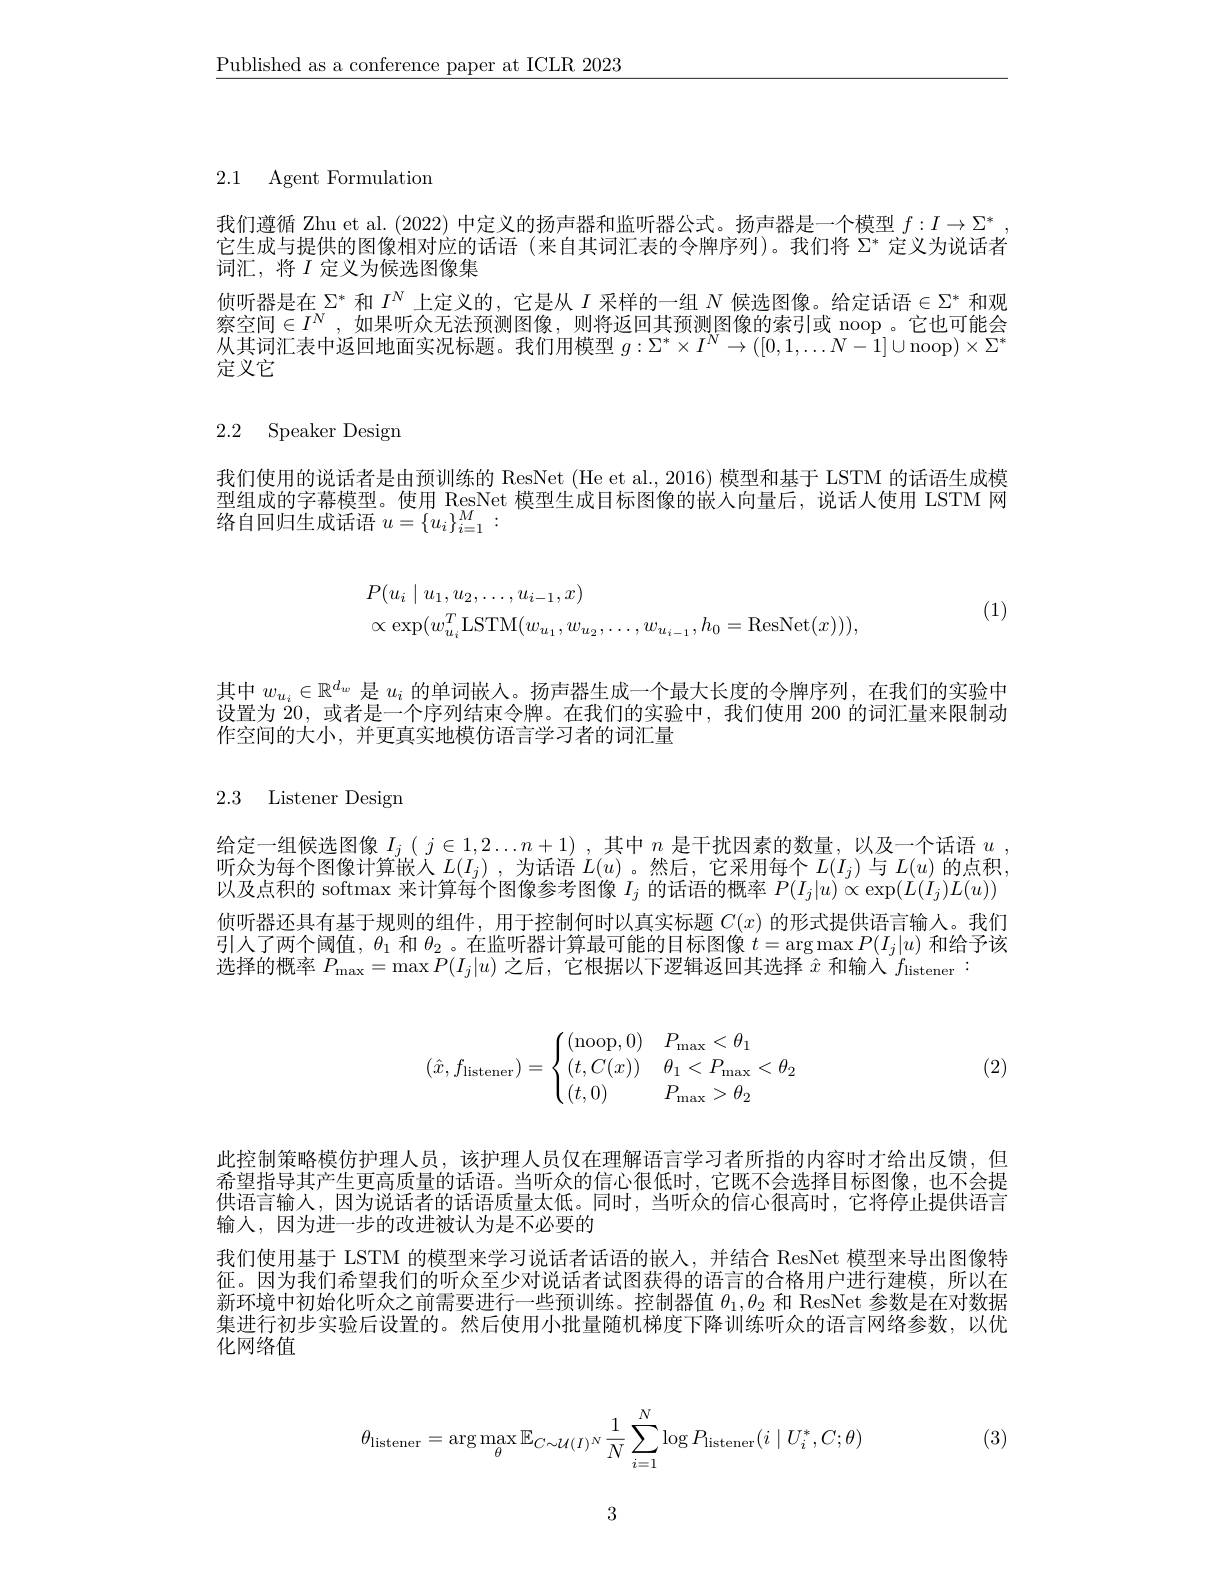
$\underline{\text{Published as a conference paper at ICLR 2023}}$

2.1 Agent Formulation

我们遵循 Zhu et al. (2022) 中定义的扬声器和监听器公式。扬声器是一个模型$f:I\to\Sigma^*$ 它生成与提供的图像相对应的话语 (来自其词汇表的令牌序列)。我们将$\Sigma^*$定义为说话者词汇，将$I$定义为候选图像集
侦听器是在$\Sigma^*$和$I^N$上定义的，它是从$I$采样的一组$N$候选图像。给定话语$\in\Sigma^*$和观察空间$\in I^N$, 如果听众无法预测图像，则将返回其预测图像的索引或 noop。它也可能会从其词汇表中返回地面实况标题。我们用模型$g:\Sigma^*\times I^N\to([0,1,\ldots N-1]\cup$noop)$\times\Sigma^*$ 定义它

# 2.2 Speaker Design

我们使用的说话者是由预训练的 ResNet (He et al., 2016) 模型和基于 LSTM 的话语生成模型组成的字幕模型。使用 ResNet 模型生成目标图像的嵌人向量后，说话人使用 LSTM 网$\overline {\text{络 自 回 归 生 成 话 语 }}$ $u= \{ u_i\} _{i= 1}^M:$
$$\begin{aligned}&P(u_{i}\mid u_{1},u_{2},\ldots,u_{i-1},x)\\&\propto\exp(w_{u_{i}}^{T}\mathrm{LSTM}(w_{u_{1}},w_{u_{2}},\ldots,w_{u_{i-1}},h_{0}=\mathrm{ResNet}(x))),\end{aligned}$$
(1)

其中$w_{u_i}\in\mathbb{R}^{d_w}$是$u_i$的单词嵌人。扬声器生成一个最大长度的令牌序列，在我们的实验中设置为20，或者是一个序列结束令牌。在我们的实验中，我们使用 200 的词汇量来限制动作空间的大小，并更真实地模仿语言学习者的词汇量

2.3 Listener Design

给定一组候选图像$I_j(\begin{array}{c}j\in1,2\ldots n+1)\end{array}$,其中$n$是干扰因素的数量，以及一个话语$u$ 听众为每个图像计算嵌人$L(I_j)$ ,为话语$L(u)$ 。然后，它采用每个$L(I_j)$与$L(u)$的点积， 以及点积的 softmax 来计算每个图像参考图像$I_j$的话语的概率$P(I_j|u)\propto\exp(\dot{L}(I_j)L(u))$ 侦听器还具有基于规则的组件，用于控制何时以真实标题$C(x)$的形式提供语言输人。我们引人了两个阈值，$\theta_1$和$\theta_2$ 。在监听器计算最可能的目标图像$t=\arg\max P(I_j|u)$和给予该选择的概率$P_\mathrm{max}=\max P(I_j|u)$之后，它根据以下逻辑返回其选择$\hat{x}$和输入$f_\mathrm{listener}:$

(2)
$$(\hat x,f_{\text{listener}})=\begin{cases}(\text{noop},0)&P_{\text{max}}<\theta_1\\(t,C(x))&\theta_1<P_{\text{max}}<\theta_2\\(t,0)&P_{\text{max}}>\theta_2\end{cases}$$
此控制策略模仿护理人员，该护理人员仅在理解语言学习者所指的内容时才给出反馈，但希望指导其产生更高质量的话语。当听众的信心很低时，它既不会选择目标图像，也不会提供语言输人，因为说话者的话语质量太低。同时，当听众的信心很高时，它将停止提供语言输入，因为进一步的改进被认为是不必要的
我们使用基于 LSTM 的模型来学习说话者话语的嵌人，并结合 ResNet 模型来导出图像特征。因为我们希望我们的听众至少对说话者试图获得的语言的合格用户进行建模，所以在新环境中初始化听众之前需要进行一些预训练。控制器值$\theta_1,\theta_2$和 ResNet 参数是在对数据集进行初步实验后设置的。然后使用小批量随机梯度下降训练听众的语言网络参数，以优化网络值

(3)
$$\theta_{\text{listener}}=\arg\max_{\theta}\mathbb{E}_{C\sim\mathcal{U}(I)^N}\frac{1}{N}\sum_{i=1}^{N}\log P_{\text{listener}}(i\mid U_i^*,C;\theta)$$
3